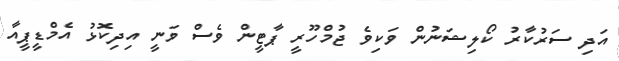
އަދި ސަރުކާރު ކޯލިޝަނުން ވަކިވެ ޖުމްހޫރީ ޕާޓީން ވެސް ވަނީ އިދިކޮޅު އެމްޑީޕީއާ